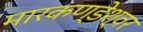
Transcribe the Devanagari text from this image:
मारकण्डेश्वर